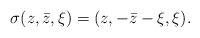
LaTeX: \begin{align*}\sigma(z,\bar z,\xi)=(z,-\bar z-\xi,\xi).\end{align*}